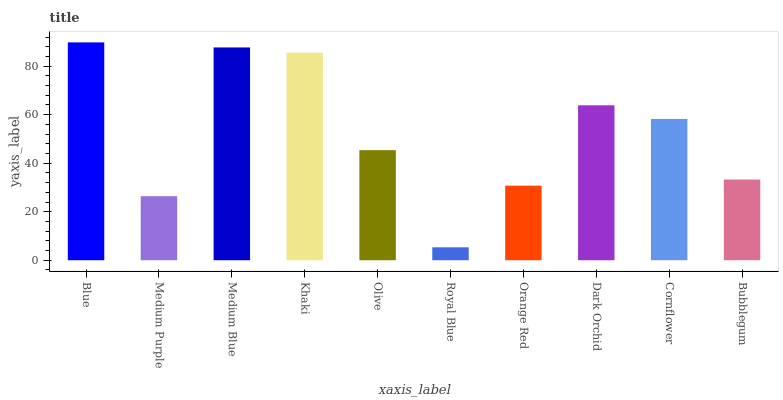
| xaxis_label | bars |
 | --- | --- |
 | Blue | 89.8 |
 | Medium Purple | 26.4 |
 | Medium Blue | 87.7 |
 | Khaki | 85.6 |
 | Olive | 45.4 |
 | Royal Blue | 5.32 |
 | Orange Red | 30.7 |
 | Dark Orchid | 63.9 |
 | Cornflower | 58.2 |
 | Bubblegum | 33.3 |